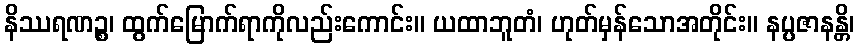
နိဿရဏဉ္စ၊ ထွက်မြောက်ရာကိုလည်းကောင်း။ ယထာဘူတံ၊ ဟုတ်မှန်သောအတိုင်း။ နပ္ပဇာနန္တိ၊